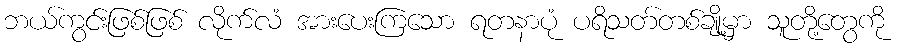
ဘယ်ကွင်းဖြစ်ဖြစ် လိုက်လံ အားပေးကြသော ရတနာပုံ ပရိသတ်တစ်ချို့မှာ သူတို့တွေကို